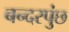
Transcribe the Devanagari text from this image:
बन्दरपुंछ